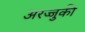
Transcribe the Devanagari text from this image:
अरज्जुकी